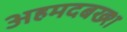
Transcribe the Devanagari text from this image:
अहमदबख्श